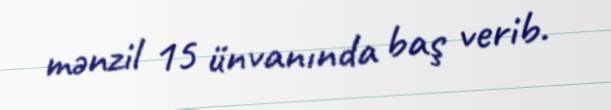
mənzil 15 ünvanında baş verib.